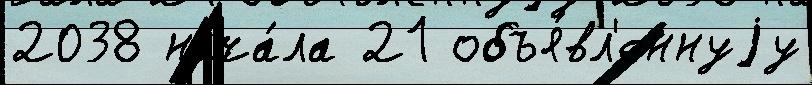
2038 нача́ла 21 объя́вл'еннуjу